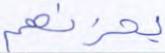
يحزنهم